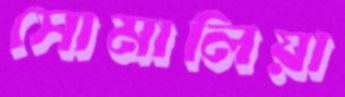
সোমালিয়া